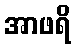
အာဖရိ